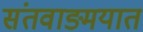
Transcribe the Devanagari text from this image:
संतवाङ्मयात